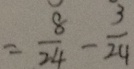
= \frac { 8 } { 2 4 } - \frac { 3 } { 2 4 }